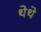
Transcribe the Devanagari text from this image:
थेथे